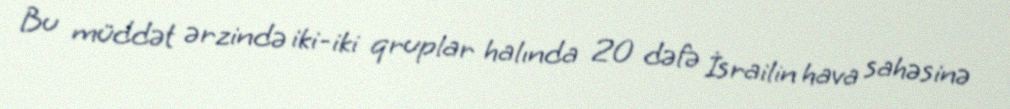
Bu müddət ərzində iki-iki qruplar halında 20 dəfə İsrailin hava sahəsinə